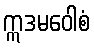
ဣဒမဝေါစံ